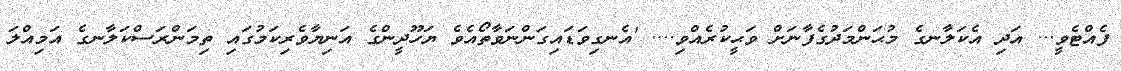
ފެއްޓެވީ... އަދި އެކަލާނގެ މުޙަންމަދުގެފާނަށް ވަޙީކުރެއްވި.... 'އެނގިވަޑައިގަންނަވާތޯއެވެ ޔަހޫދީންގެ އަނިޔާވެރިކަމުގައި ތިމަންރަސްކަލާނގެ އަމިއްލަ